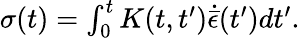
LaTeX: \begin{array}{r}{\sigma(t)=\int_{0}^{t}K(t,t^{\prime})\dot{{\bar{\epsilon}}}(t^{\prime})dt^{\prime}.}\end{array}